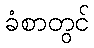
ခံစာတွင်